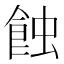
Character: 蝕